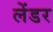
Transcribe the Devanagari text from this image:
लेंडर